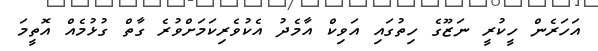
އަހަރެން ހީކުރީ ނަޒޫގެ ހިތުގައި އަވިކް އާމެދު އެކުވެރިކަމަށްވުރެ ގާތް ގުޅުމެއް އޮތީމަ